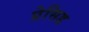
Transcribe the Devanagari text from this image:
प्रेसिड